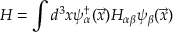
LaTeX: H = \int d ^ { 3 } x \psi _ { \alpha } ^ { \dagger } ( \vec { x } ) { \cal H } _ { \alpha \beta } \psi _ { \beta } ( \vec { x } )